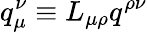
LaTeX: q_{\mu}^{\nu}\equiv L_{\mu\rho}q^{\rho\nu}